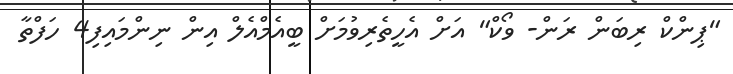
"ޕިންކް ރިބަން ރަން- ވޯކް" އަށް އެހީތެރިވުމަށް ބީއެމްއެލް އިން ނިންމައިފި4 ހަފްތާ